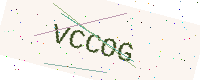
Text: VCCOG